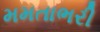
મમતાભરી